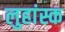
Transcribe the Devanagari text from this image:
लुहांस्क